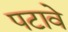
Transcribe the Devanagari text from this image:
पटावे